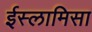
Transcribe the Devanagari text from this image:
ईस्लामिसा